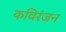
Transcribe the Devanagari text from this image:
कविरंजन